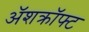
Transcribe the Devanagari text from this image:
ॲशक्रॉफ्ट